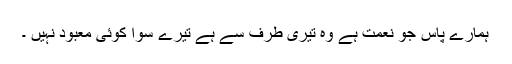
ہمارے پاس جو نعمت ہے وہ تیری طرف سے ہے تیرے سوا کوئی معبود نہیں ۔